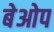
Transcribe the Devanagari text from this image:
बेओप